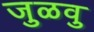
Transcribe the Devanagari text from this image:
जुळवु